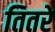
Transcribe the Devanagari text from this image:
तितरे